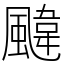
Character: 颹